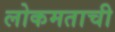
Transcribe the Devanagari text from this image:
लोकमताची